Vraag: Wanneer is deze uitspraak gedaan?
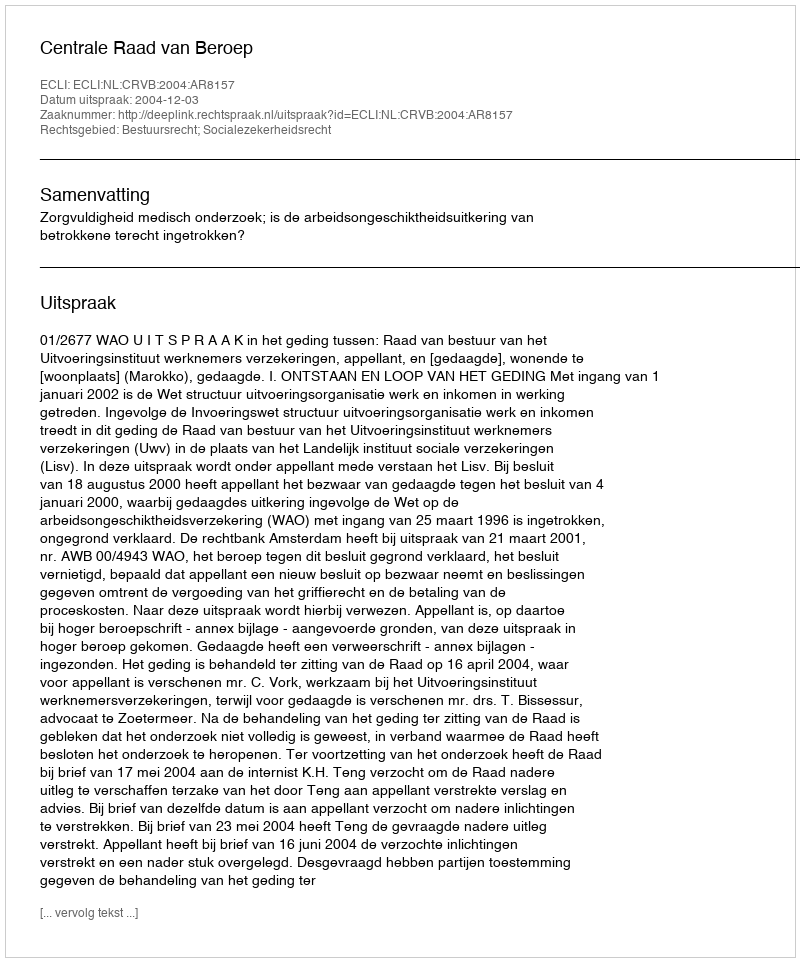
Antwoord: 2004-12-03